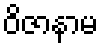
ဝိဇာနာမ